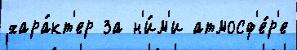
хара́кт'ер за н'и́м'и атмосф'е́р'е